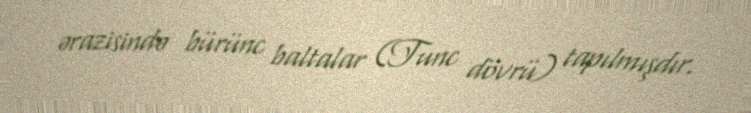
ərazisində bürünc baltalar (Tunc dövrü) tapılmışdır.